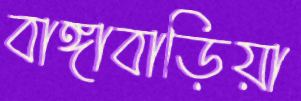
বাঙ্গাবাড়িয়া